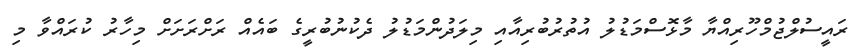
ރައީސުލްޖުމްހޫރިއްޔާ މާޅޮސްމަޑުލު އުތުރުބުރިއާއި މިލަދުންމަޑުލު ދެކުނުބުރީގެ ބައެއް ރަށްރަށަށް މިހާރު ކުރައްވާ މި